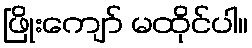
ဖြိုးကျော် မထိုင်ပါ။